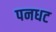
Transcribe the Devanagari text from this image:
पनधट